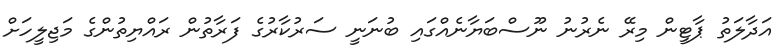
އަދާލަތު ޕާޓީން މިރޭ ނެރުނު ނޫސްބަޔާނެއްގައި ބުނަނީ ސަރުކާރުގެ ފަރާތުން ރައްޔިތުންގެ މަޖިލީހަށް